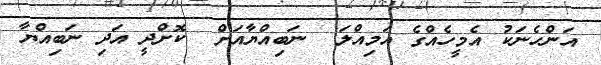
އަންހެނަކު އެމީހެއްގެ އަމިއްލަ  ނަބިއްޔާއަށް  ކޮށްދީ އަދި ނަބިއްޔާ